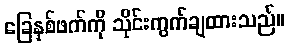
ခြေနှစ်ဖက်ကို သိုင်းကွက်ချထားသည်။